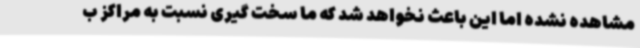
مشاهده نشده اما این باعث نخواهد شد که ما سخت گیری نسبت به مراکز ب